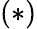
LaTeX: (\ast)